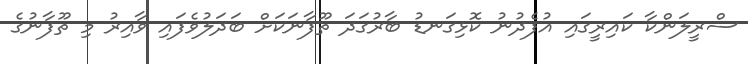
ސްރީލަންކާ ކައިރީގައި އުފެދުނު ކޮޅިގަނޑު ބާރުގަދަ ތޫފާނަކަށް ބަދަލުވެފައި ވާއިރު މި ތޫފާނުގެ